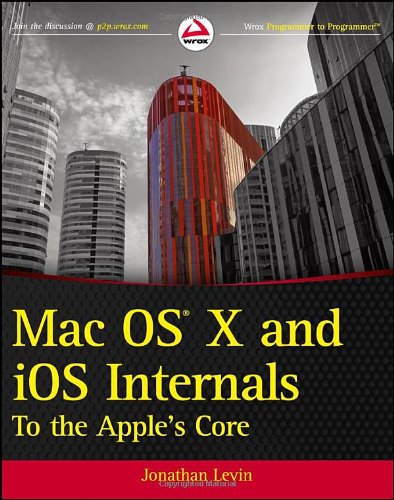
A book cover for Mac OS X and iOS Internals: To the Apple's Core; Jonathan Levin; Computers & Technology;